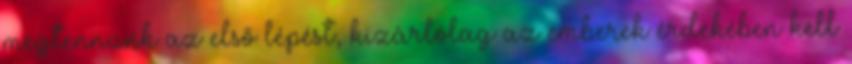
megtennünk az első lépést, kizárlólag az emberek érdekében kell